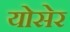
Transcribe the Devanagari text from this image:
योसेर